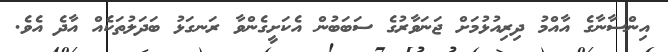
އިންސާނާގެ އާއްމު ދިރިއުޅުމަށް ޖަނަވާރުގެ ސަބަބުން އެކަށީގެންވާ ރަނގަޅު ބަދަލުތަކެއް އާދެ އެވެ.